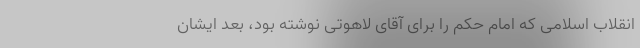
انقلاب اسلامی که امام حکم را برای آقای لاهوتی نوشته بود، بعد ایشان